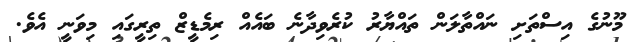
މޫނުގެ އިސްތަށި ނައްތާލަން ތައްޔާރު ކުރެވިދާނެ ބައެއް ރިމެޑީޒް ތިރީގައި މިވަނީ އެވެ.